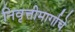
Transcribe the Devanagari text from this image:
निवृत्तीमार्गाचे